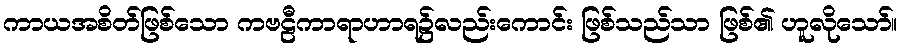
ကာယအစိတ်ဖြစ်သော ကဗဠီကာရာဟာရ၌လည်းကောင်း ဖြစ်သည်သာ ဖြစ်၏ ဟူလိုသော်။